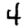
Digit: 4